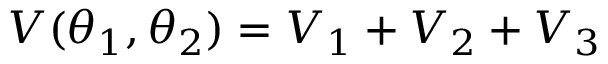
V ( \theta _ { 1 } , \theta _ { 2 } ) = V _ { 1 } + V _ { 2 } + V _ { 3 }